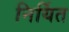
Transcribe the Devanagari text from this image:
निर्यित